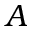
A